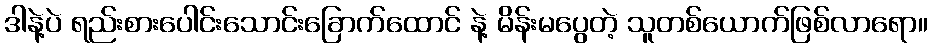
ဒါနဲ့ပဲ ရည်းစားပေါင်းသောင်းခြောက်ထောင် နဲ့ မိန်းမပွေတဲ့ သူတစ်ယောက်ဖြစ်လာရော။